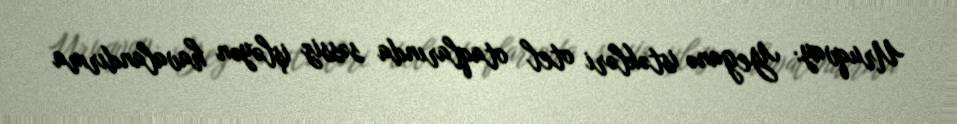
Uruqvay: Yeganə istəkləri otel otaqlarında səssiz işləyən havalandırma